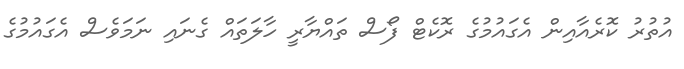
އުތުރު ކޮރެއާއިން އެގައުމުގެ ރޮކެޓް ފޯސް ތައްޔާރީ ހާލަތައް ގެނައި ނަމަވެސް އެގައުމުގެ